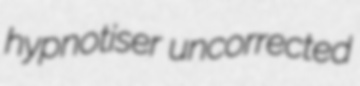
hypnotiser uncorrected